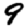
Digit: 9